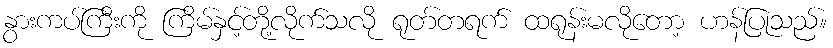
နွားကပ်ကြီးကို ကြိမ်နှင့်တို့လိုက်သလို ရုတ်တရက် ထရုန်းမလိုတော့ ဟန်ပြုသည်။